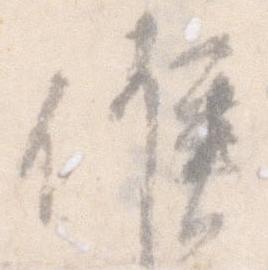
候